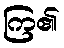
ကြ၏